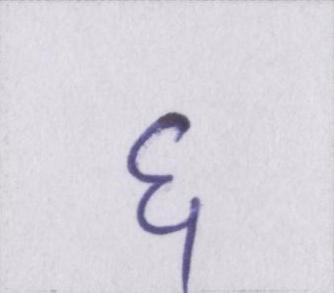
६